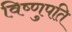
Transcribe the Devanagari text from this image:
विष्णुपति